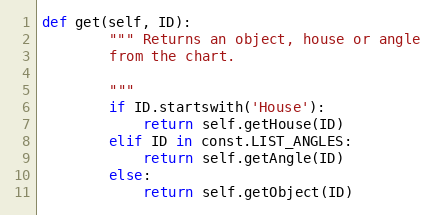
Language: Python
def get(self, ID):
        """ Returns an object, house or angle
        from the chart.

        """
        if ID.startswith('House'):
            return self.getHouse(ID)
        elif ID in const.LIST_ANGLES:
            return self.getAngle(ID)
        else:
            return self.getObject(ID)